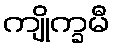
ကျိုက္ခမီ